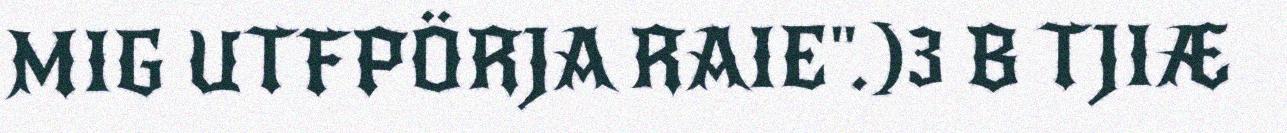
MIG UTFPÖRJA RAIE".)3 B TJIÆ